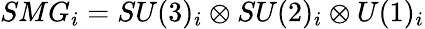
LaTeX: SMG_{i}=SU(3)_{i}\otimes SU(2)_{i}\otimes U(1)_{i}